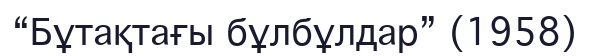
“Бұтақтағы бұлбұлдар” (1958)